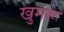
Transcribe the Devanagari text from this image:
खुमरू